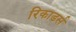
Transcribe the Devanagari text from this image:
रिकाडर्स